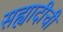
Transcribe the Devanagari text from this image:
सह्यादीची